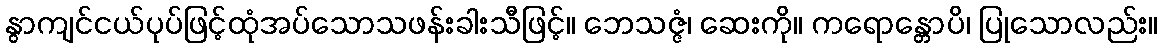
နွာကျင်ငယ်ပုပ်ဖြင့်ထုံအပ်သောသဖန်းခါးသီဖြင့်။ ဘေသဇ္ဇံ၊ ဆေးကို။ ကရောန္တောပိ၊ ပြုသောလည်း။